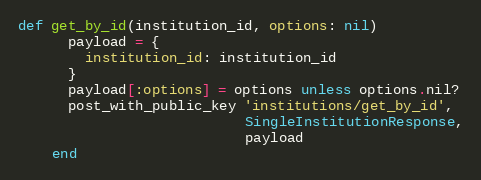
Language: Ruby
def get_by_id(institution_id, options: nil)
      payload = {
        institution_id: institution_id
      }
      payload[:options] = options unless options.nil?
      post_with_public_key 'institutions/get_by_id',
                           SingleInstitutionResponse,
                           payload
    end